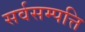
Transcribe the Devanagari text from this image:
सर्वसम्पत्ति